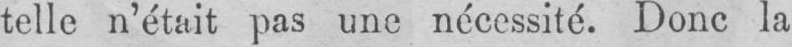
telle n’était pas une nécessité. Donc la